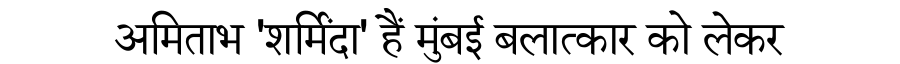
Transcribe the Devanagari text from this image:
अमिताभ 'शर्मिंदा' हैं मुंबई बलात्कार को लेकर